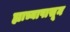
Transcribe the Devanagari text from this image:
ह्याच्यापासून